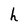
Character: h